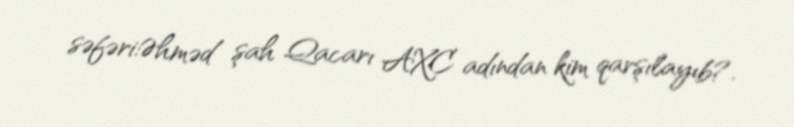
səfəri:Əhməd şah Qacarı AXC adından kim qarşılayıb?.